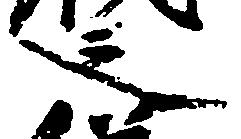
之